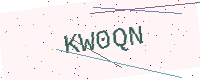
Text: KW0QN